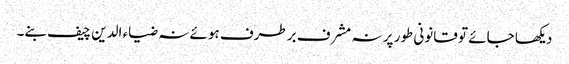
دیکھا جائے تو قانونی طور پر نہ مشرف برطرف ہوئے نہ ضیاء الدین چیف بنے۔